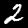
Digit: 2